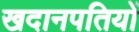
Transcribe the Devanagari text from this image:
खदानपतियों